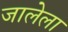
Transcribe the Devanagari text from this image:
जालेला